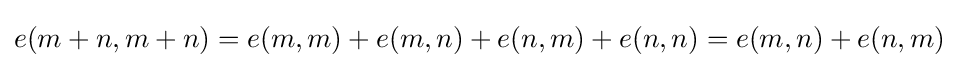
e(m+n,m+n)=e(m,m)+e(m,n)+e(n,m)+e(n,n)=e(m,n)+e(n,m)